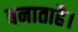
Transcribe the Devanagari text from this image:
बनाताहै।